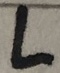
Text: L